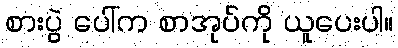
စားပွဲ ပေါ်က စာအုပ်ကို ယူပေးပါ။